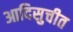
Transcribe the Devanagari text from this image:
आदिसुचीत